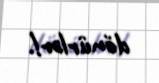
dönürlər!.